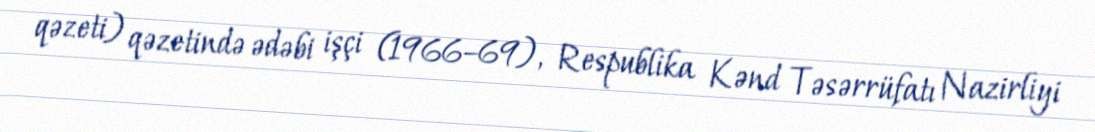
qəzeti) qəzetində ədəbi işçi (1966–69), Respublika Kənd Təsərrüfatı Nazirliyi